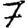
Digit: 7